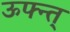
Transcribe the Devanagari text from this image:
ऊफ्न्त्